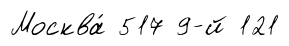
Москва́ 517 9-й 121